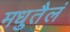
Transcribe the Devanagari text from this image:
मधुतैलं